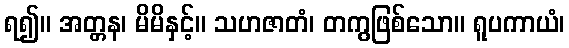
ရ၍။ အတ္တန၊ မိမိနှင့်။ သဟဇာတံ၊ တကွဖြစ်သော။ ရူပကာယံ၊